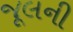
જૂલની